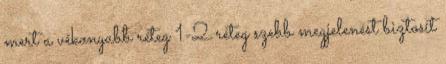
mert a vékonyabb réteg 1-2 réteg szebb megjelenést biztosít